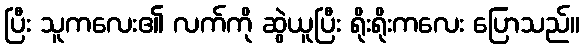
ပြီး သူကလေး၏ လက်ကို ဆွဲယူပြီး ရိုးရိုးကလေး ပြောသည်။